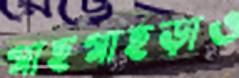
গাছগাছড়াও